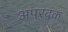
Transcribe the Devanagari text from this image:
अपरदक